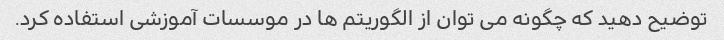
توضیح دهید که چگونه می توان از الگوریتم ها در موسسات آموزشی استفاده کرد.